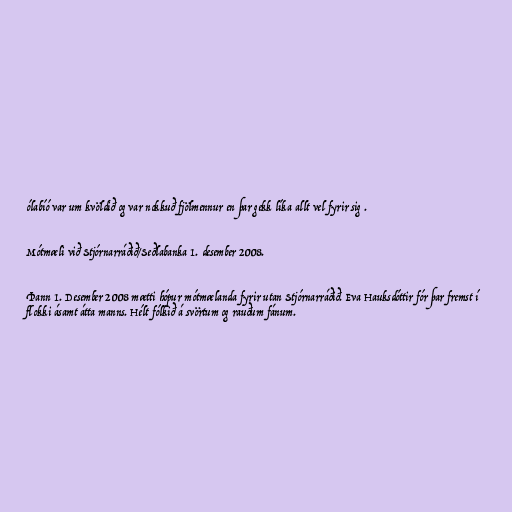
ólabíó var um kvöldið og var nokkuð fjölmennur en þar gekk líka allt vel fyrir sig .

Mótmæli við Stjórnarráðið/Seðlabanka 1. desember 2008.

Þann 1. Desember 2008 mætti hópur mótmælanda fyrir utan Stjórnarráðið. Eva Hauksdóttir fór þar fremst í
flokki ásamt átta manns. Hélt fólkið á svörtum og rauðum fánum.